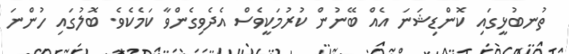
ތުނބުޅީގައި ކޮންޑިޝަނަ އެއް ބޭނުން ކުރުމަކީވެސް އެދެވިގެންވާ ކަމެކެވެ. ބޮލުގައި ހުންނަ